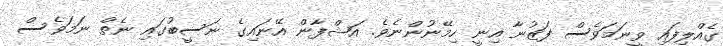
ގެއްލިފައި ވީނަމަވެސް ފަޒުނާ އިނީ ހިމޭނުންނެވެ. އަޝްފާން އޭނައިގެ ނަސީބުގައި ނެތް ނަމަވެސް